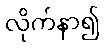
လိုက်နာ၍